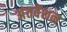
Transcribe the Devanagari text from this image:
अंतवेंशन